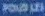
PouliLEI